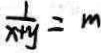
\frac { 1 } { x + y } = m